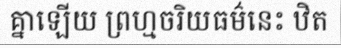
គ្នាឡើយ ព្រហ្មចរិយធម៌នេះ ឋិត